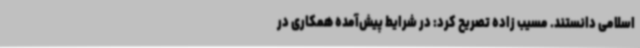
اسلامی دانستند. مسیب زاده تصریح کرد: در شرایط پیش‌آمده همکاری در